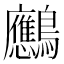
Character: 𪈠